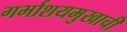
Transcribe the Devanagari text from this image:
गर्भाशयमुखाची